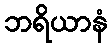
ဘရိယာနံ